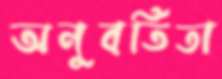
অনুবর্তিতা